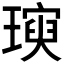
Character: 𪼖